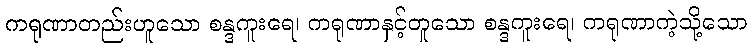
ကရုဏာတည်းဟူသော စန္ဒကူးရေ၊ ကရုဏာနှင့်တူသော စန္ဒကူးရေ၊ ကရုဏာကဲ့သို့သော